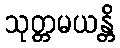
သုတ္တမယန္တိ